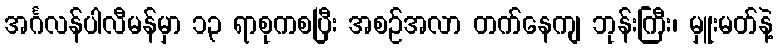
အင်္ဂလန်ပါလီမန်မှာ ၁၃ ရာစုကစပြီး အစဉ်အလာ တက်နေကျ ဘုန်းကြီး၊ မှူးမတ်နဲ့